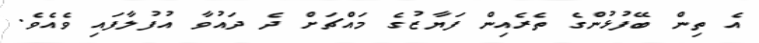
އެ ތިން ބޭފުޅުންގެ ތެރެއިން ފަޔާޒުގެ މައްޗަށް ދެ ދައުވާ އުފުލާފައި ވެއެވެ.